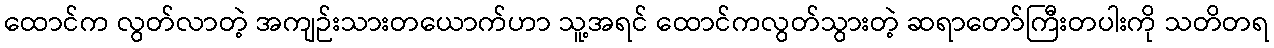
ထောင်က လွတ်လာတဲ့ အကျဉ်းသားတယောက်ဟာ သူ့အရင် ထောင်ကလွတ်သွားတဲ့ ဆရာတော်ကြီးတပါးကို သတိတရ